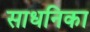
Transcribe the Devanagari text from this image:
साधनिका